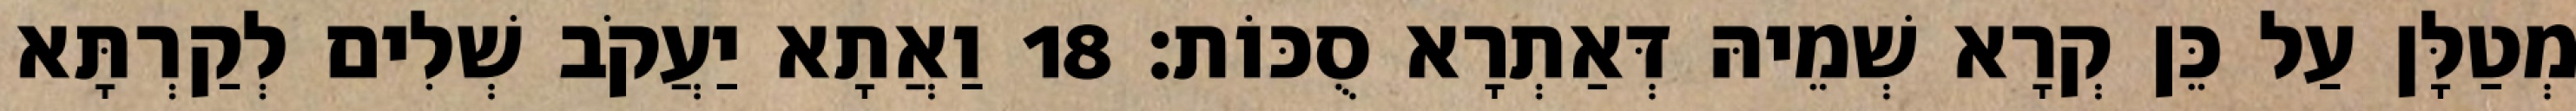
מְטַלָּן עַל כֵּן קְרָא שְׁמֵיהּ דְּאַתְרָא סֻכּוֹת׃ 18 וַאֲתָא יַעֲקֹב שְׁלִים לְקַרְתָּא